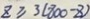
Z \geq 3 ( 8 0 0 - Z )